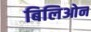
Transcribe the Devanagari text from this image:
बिलिओन